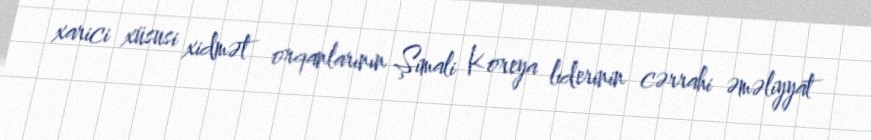
xarici xüsusi xidmət orqanlarının Şimali Koreya liderinin cərrahi əməliyyat